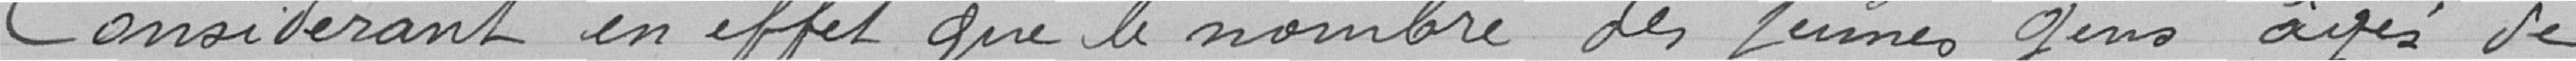
Considérant en effet que le nombre des jeunes gens agés de